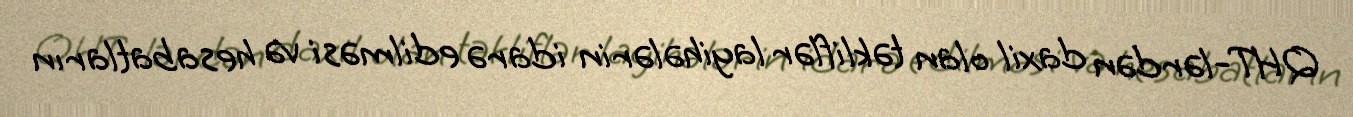
QHT-lərdən daxil olan təkliflər layihələrin idarə edilməsi və hesabatların